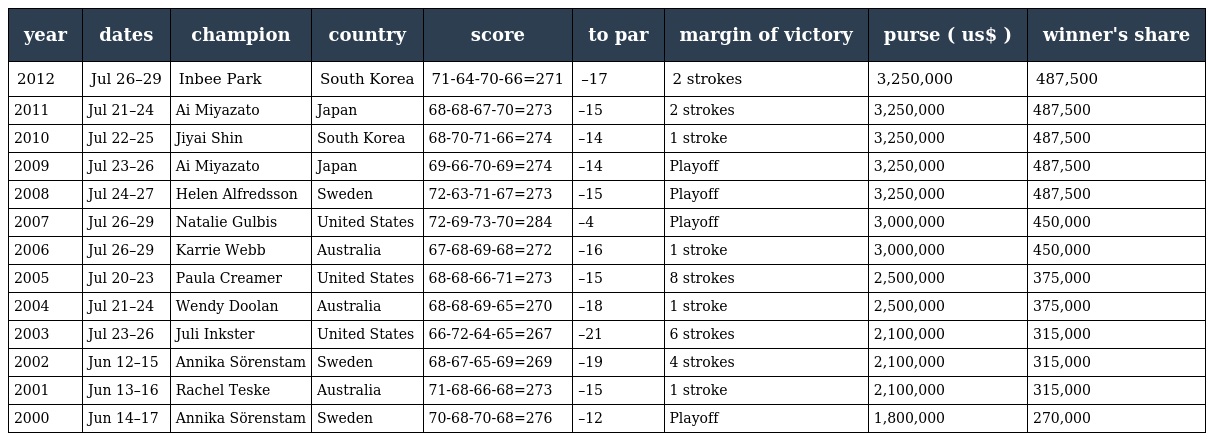
| year | dates | champion | country | score | to par | margin of victory | purse ( us$ ) | winner's share |
 | --- | --- | --- | --- | --- | --- | --- | --- | --- |
 | 2012 | Jul 26–29 | Inbee Park | South Korea | 71-64-70-66=271 | –17 | 2 strokes | 3,250,000 | 487,500 |
 | 2011 | Jul 21–24 | Ai Miyazato | Japan | 68-68-67-70=273 | –15 | 2 strokes | 3,250,000 | 487,500 |
 | 2010 | Jul 22–25 | Jiyai Shin | South Korea | 68-70-71-66=274 | –14 | 1 stroke | 3,250,000 | 487,500 |
 | 2009 | Jul 23–26 | Ai Miyazato | Japan | 69-66-70-69=274 | –14 | Playoff | 3,250,000 | 487,500 |
 | 2008 | Jul 24–27 | Helen Alfredsson | Sweden | 72-63-71-67=273 | –15 | Playoff | 3,250,000 | 487,500 |
 | 2007 | Jul 26–29 | Natalie Gulbis | United States | 72-69-73-70=284 | –4 | Playoff | 3,000,000 | 450,000 |
 | 2006 | Jul 26–29 | Karrie Webb | Australia | 67-68-69-68=272 | –16 | 1 stroke | 3,000,000 | 450,000 |
 | 2005 | Jul 20–23 | Paula Creamer | United States | 68-68-66-71=273 | –15 | 8 strokes | 2,500,000 | 375,000 |
 | 2004 | Jul 21–24 | Wendy Doolan | Australia | 68-68-69-65=270 | –18 | 1 stroke | 2,500,000 | 375,000 |
 | 2003 | Jul 23–26 | Juli Inkster | United States | 66-72-64-65=267 | –21 | 6 strokes | 2,100,000 | 315,000 |
 | 2002 | Jun 12–15 | Annika Sörenstam | Sweden | 68-67-65-69=269 | –19 | 4 strokes | 2,100,000 | 315,000 |
 | 2001 | Jun 13–16 | Rachel Teske | Australia | 71-68-66-68=273 | –15 | 1 stroke | 2,100,000 | 315,000 |
 | 2000 | Jun 14–17 | Annika Sörenstam | Sweden | 70-68-70-68=276 | –12 | Playoff | 1,800,000 | 270,000 |